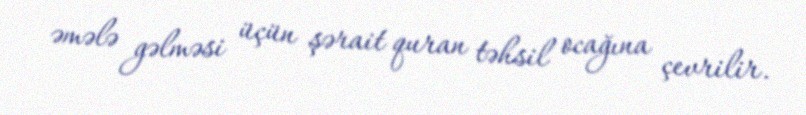
əmələ gəlməsi üçün şərait quran təhsil ocağına çevrilir.